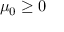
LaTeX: \mu _ { 0 } \geq 0